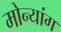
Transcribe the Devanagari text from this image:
मोन्यांग